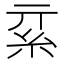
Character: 𥾟